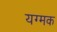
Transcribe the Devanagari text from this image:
यग्मक